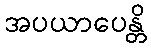
အပယာပေန္တိ